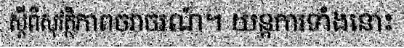
ស្តីពីសុវត្ថិភាពចរាចរណ៍។ យន្តការទាំងនោះ